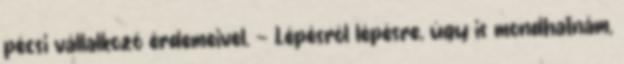
pécsi vállalkozó érdemeivel. — Lépésrôl lépésre, úgy is mondhatnám,